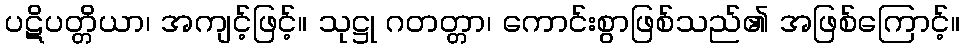
ပဋိပတ္တိယာ၊ အကျင့်ဖြင့်။ သုဋ္ဌု ဂတတ္တာ၊ ကောင်းစွာဖြစ်သည်၏ အဖြစ်ကြောင့်။